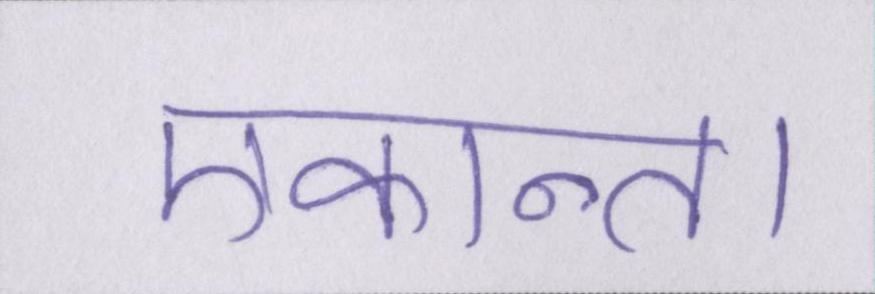
एकान्त।